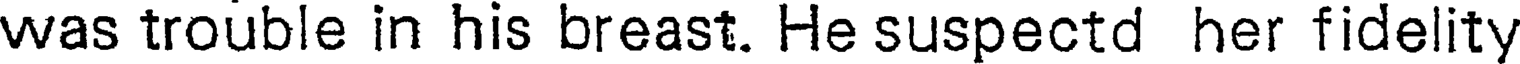
was trouble in his breast. He suspectd her fidelity